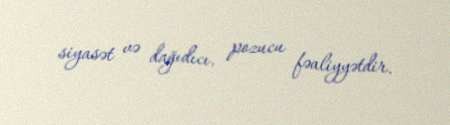
siyasət və dağıdıcı, pozucu fəaliyyətdir.